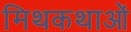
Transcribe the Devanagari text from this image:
मिथकथाओं